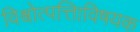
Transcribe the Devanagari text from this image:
विश्वोत्पत्तिाविषयक